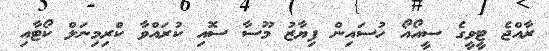
ރާއްޖެ ޓީވީގެ ސީއޯއޯ ހުސައިން ފިޔާޒު މޫސާ ސޮއި ކުރައްވާ ކްރިމިނަލް ކޯޓާއި